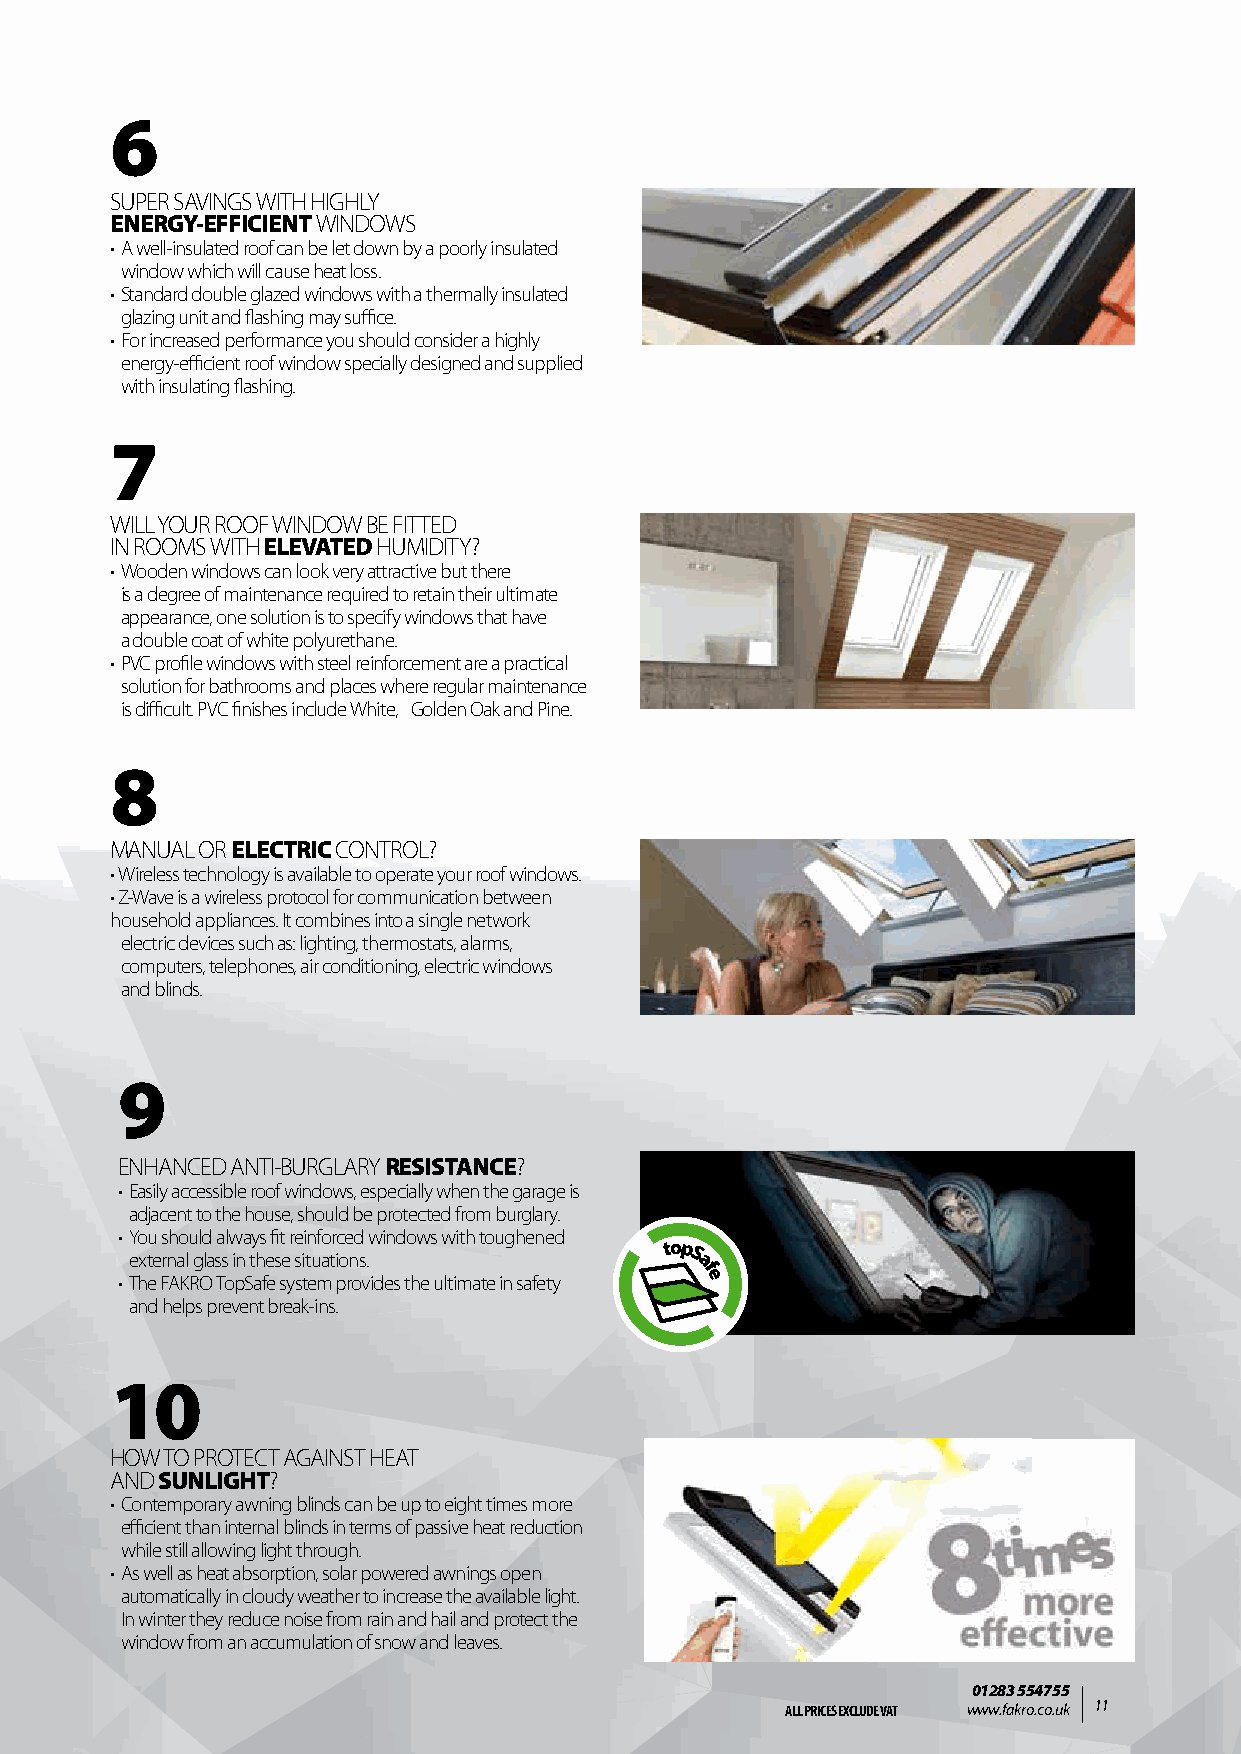
6
 SUPER SAVINGS WITH HIGHLY
 ENERGY-EFFICIENT WINDOWS
 • A well-insulated roof can be let down by a poorly insulated
 window which will cause heat loss.
 • Standard double glazed windows with a thermally insulated
 glazing unit and flashing may suffice.
 • For increased performance you should consider a highly
 energy-efficient roof window specially designed and supplied
 with insulating flashing.
 7
 WILL YOUR ROOF WINDOW BE FITTED
 IN ROOMS WITH ELEVATED HUMIDITY?
 • Wooden windows can look very attractive but there
 is a degree of maintenance required to retain their ultimate
 appearance, one solution is to specify windows that have
 a double coat of white polyurethane.
 • PVC profile windows with steel reinforcement are a practical
 solution for bathrooms and places where regular maintenance
 is difficult. PVC finishes include White, Golden Oak and Pine.
 8
 MANUAL OR ELECTRIC CONTROL?
 • Wireless technology is available to operate your roof windows.
 • Z-Wave is a wireless protocol for communication between
 household appliances. It combines into a single network
 electric devices such as: lighting, thermostats, alarms,
 computers, telephones, air conditioning, electric windows
 and blinds.
 9
 ENHANCED ANTI-BURGLARY RESISTANCE?
 • Easily accessible roof windows, especially when the garage is
 adjacent to the house, should be protected from burglary.
 • You should always fit reinforced windows with toughened
 external glass in these situations.
 • The FAKRO TopSafe system provides the ultimate in safety
 and h elps prevent break-ins.
 10
 HOW TO PROTECT AGAINST HEAT
 AND SUNLIGHT?
 • Contemporary awning blinds can be up to eight times more
 efficient than internal blinds in terms of passive heat reduction
 while still allowing light through.
 • As well as heat absorption, solar powered awnings open
 automatically in cloudy weather to increase the available light.
 In winter they reduce noise from rain and hail and protect the
 window from an accumulation of snow and leaves.
 01283 554755
 ALL PRICES EXCLUDE VAT www.fakro.co.uk 11